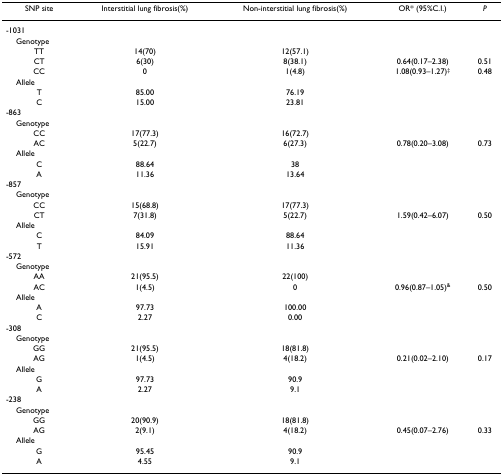
<table><thead><tr><td><b>SNP site</b></td><td><b>Interstitial lung fibrosis(%)</b></td><td><b>Non-interstitial lung fibrosis(%)</b></td><td><b>OR* (95%C.I.)</b></td><td><b><i>P</i></b></td></tr></thead><tbody><tr><td>-1031</td><td></td><td></td><td></td><td></td></tr><tr><td> Genotype</td><td></td><td></td><td></td><td></td></tr><tr><td>TT</td><td>14(70)</td><td>12(57.1)</td><td></td><td></td></tr><tr><td>CT</td><td>6(30)</td><td>8(38.1)</td><td>0.64(0.17–2.38)</td><td>0.51</td></tr><tr><td>CC</td><td>0</td><td>1(4.8)</td><td>1.08(0.93–1.27)<sup>‡</sup></td><td>0.48</td></tr><tr><td> Allele</td><td></td><td></td><td></td><td></td></tr><tr><td>T</td><td>85.00</td><td>76.19</td><td></td><td></td></tr><tr><td>C</td><td>15.00</td><td>23.81</td><td></td><td></td></tr><tr><td>-863</td><td></td><td></td><td></td><td></td></tr><tr><td> Genotype</td><td></td><td></td><td></td><td></td></tr><tr><td>CC</td><td>17(77.3)</td><td>16(72.7)</td><td></td><td></td></tr><tr><td>AC</td><td>5(22.7)</td><td>6(27.3)</td><td>0.78(0.20–3.08)</td><td>0.73</td></tr><tr><td> Allele</td><td></td><td></td><td></td><td></td></tr><tr><td>C</td><td>88.64</td><td>38</td><td></td><td></td></tr><tr><td>A</td><td>11.36</td><td>13.64</td><td></td><td></td></tr><tr><td>-857</td><td></td><td></td><td></td><td></td></tr><tr><td> Genotype</td><td></td><td></td><td></td><td></td></tr><tr><td>CC</td><td>15(68.8)</td><td>17(77.3)</td><td></td><td></td></tr><tr><td>CT</td><td>7(31.8)</td><td>5(22.7)</td><td>1.59(0.42–6.07)</td><td>0.50</td></tr><tr><td> Allele</td><td></td><td></td><td></td><td></td></tr><tr><td>C</td><td>84.09</td><td>88.64</td><td></td><td></td></tr><tr><td>T</td><td>15.91</td><td>11.36</td><td></td><td></td></tr><tr><td>-572</td><td></td><td></td><td></td><td></td></tr><tr><td> Genotype</td><td></td><td></td><td></td><td></td></tr><tr><td>AA</td><td>21(95.5)</td><td>22(100)</td><td></td><td></td></tr><tr><td>AC</td><td>1(4.5)</td><td>0</td><td>0.96(0.87–1.05)<sup>&amp;</sup></td><td>0.50</td></tr><tr><td> Allele</td><td></td><td></td><td></td><td></td></tr><tr><td>A</td><td>97.73</td><td>100.00</td><td></td><td></td></tr><tr><td>C</td><td>2.27</td><td>0.00</td><td></td><td></td></tr><tr><td>-308</td><td></td><td></td><td></td><td></td></tr><tr><td> Genotype</td><td></td><td></td><td></td><td></td></tr><tr><td>GG</td><td>21(95.5)</td><td>18(81.8)</td><td></td><td></td></tr><tr><td>AG</td><td>1(4.5)</td><td>4(18.2)</td><td>0.21(0.02–2.10)</td><td>0.17</td></tr><tr><td> Allele</td><td></td><td></td><td></td><td></td></tr><tr><td>G</td><td>97.73</td><td>90.9</td><td></td><td></td></tr><tr><td>A</td><td>2.27</td><td>9.1</td><td></td><td></td></tr><tr><td>-238</td><td></td><td></td><td></td><td></td></tr><tr><td> Genotype</td><td></td><td></td><td></td><td></td></tr><tr><td>GG</td><td>20(90.9)</td><td>18(81.8)</td><td></td><td></td></tr><tr><td>AG</td><td>2(9.1)</td><td>4(18.2)</td><td>0.45(0.07–2.76)</td><td>0.33</td></tr><tr><td> Allele</td><td></td><td></td><td></td><td></td></tr><tr><td>G</td><td>95.45</td><td>90.9</td><td></td><td></td></tr><tr><td>A</td><td>4.55</td><td>9.1</td><td></td><td></td></tr></tbody></table>